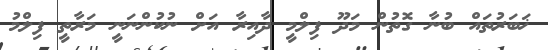
ޚަބަރުތައް ބުނާ ގޮތުން މަދޫ ފިލްމީ ދާއިރާ އަށް ނުކުންނަނީ މަރާތީ ފިލްމު